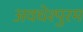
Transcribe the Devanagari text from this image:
अवधेश्पुरम